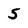
Character: 5